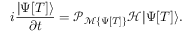
i \frac { | \Psi [ T ] \rangle } { \partial t } = \mathcal { P } _ { \mathcal { M } \{ \Psi [ T ] \} } \mathcal { H } | \Psi [ T ] \rangle .